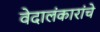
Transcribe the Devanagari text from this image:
वेदालंकारांचे